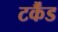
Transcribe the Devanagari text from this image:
टर्कैंड